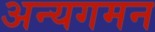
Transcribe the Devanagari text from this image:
अन्यगमन